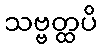
သဗ္ဗတ္ထပိ